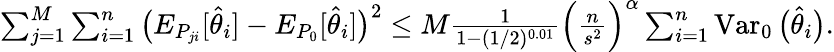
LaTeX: \begin{array}{r}{\sum_{j=1}^{M}\sum_{i=1}^{n}\big(E_{P_{ji}}[\widehat\theta_{i}]-E_{P_{0}}[\widehat\theta_{i}]\big)^{2}\leq M\frac{1}{1-(1/2)^{0.01}}\Big(\frac n{s^{2}}\Big)^{\alpha}\sum_{i=1}^{n}\operatorname{Var}_{0}\big(\widehat\theta_{i}\big).}\end{array}